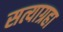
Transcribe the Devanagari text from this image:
सत्याग्रहा